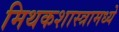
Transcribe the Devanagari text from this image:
मिथकशास्त्रामध्ये